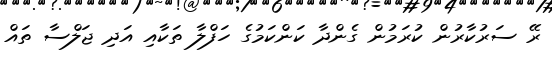
ރޭ ސަރުކާރުން ކުރަމުން ގެންދާ ކަންކަމުގެ ހަފްލާ ތަކާއި އަދި ޖަލްސާ ތައް